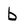
Character: b